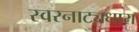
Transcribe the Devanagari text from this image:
स्वरनाट्यधारा